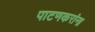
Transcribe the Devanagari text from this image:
पाटणकरांना